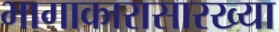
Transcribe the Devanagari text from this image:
भागाकारासारख्या